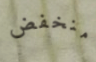
منخفض